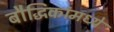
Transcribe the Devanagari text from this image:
बौद्धिकांमध्ये